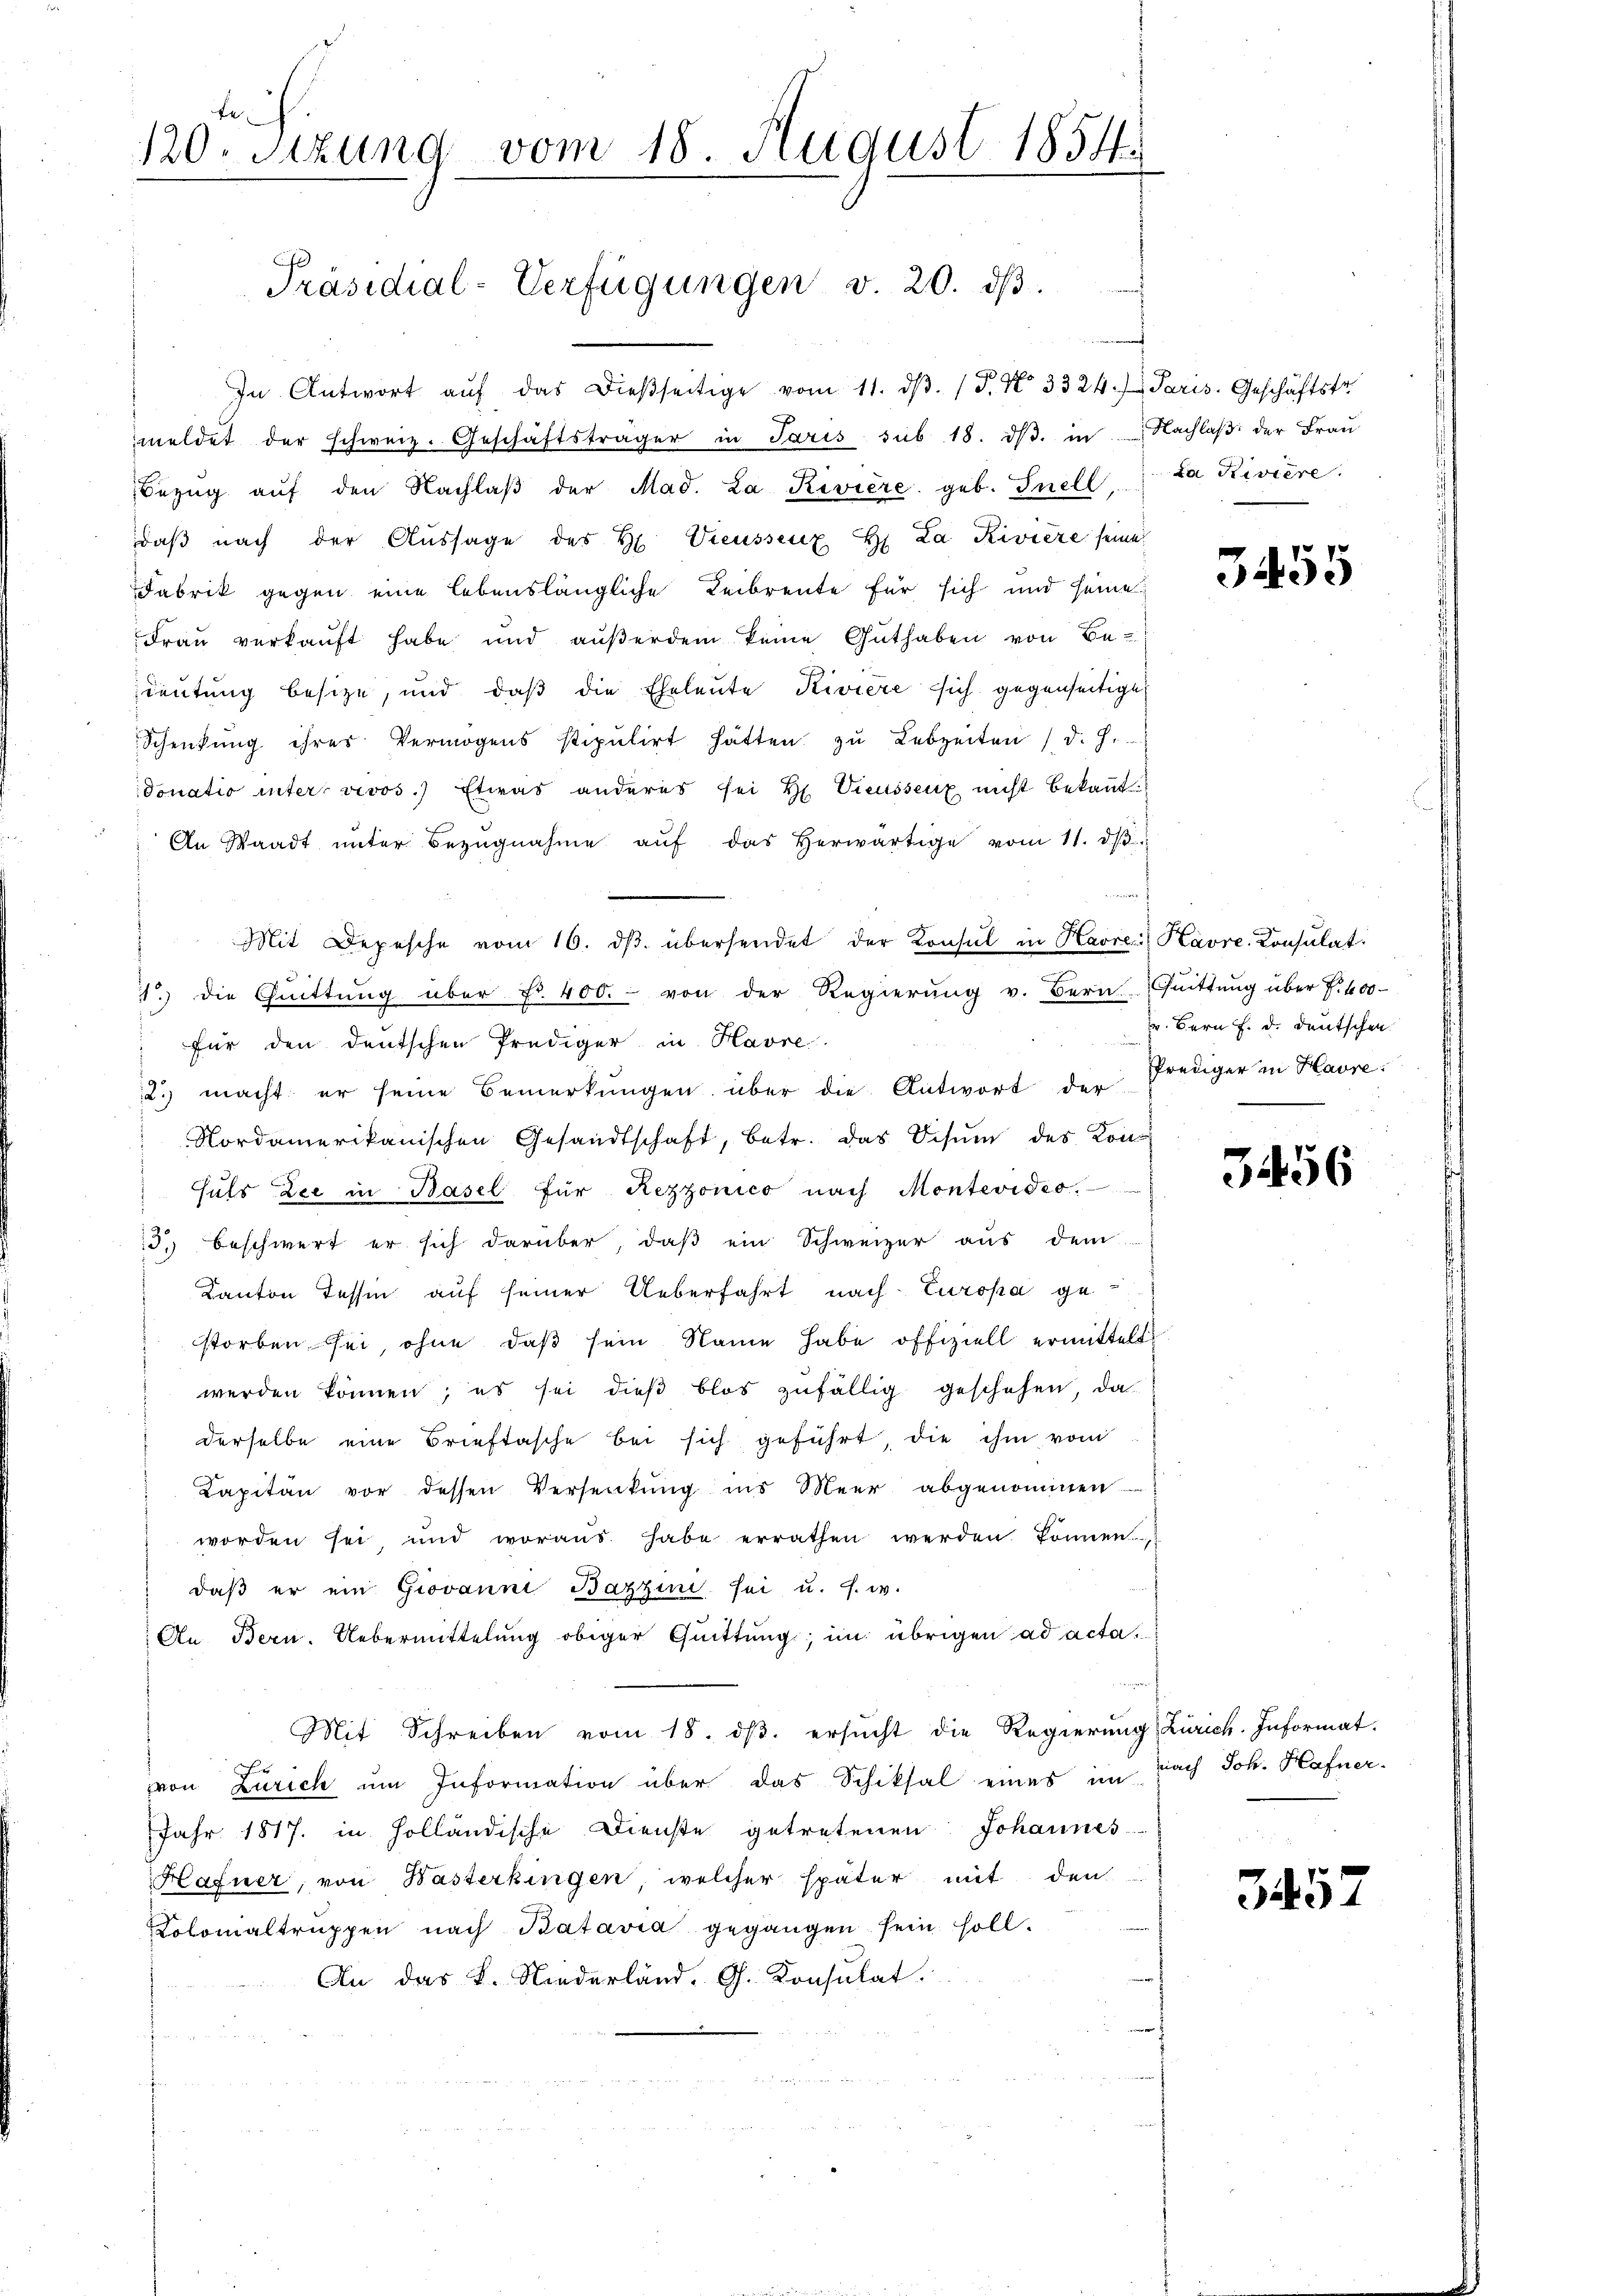
120. Sitzung vom 18. August 1854.
Präsidial-Verfügungen v. 20. dβ.

In Antwort aŭf das dießseitige vom 11. dβ. (T. No 3324. Paris. Geschäftstr
meldet der schweiz. Geschäftsträger in Paris sub 18. dβ in Nachlaβ der Frau
Bezŭg aŭf den Nachlaβ der Mad. La Riviere geb. Inell,
daß nach der Aussage des H. Preussenz H. La Riviere seine
Fabrik gegen eine lebenslängliche Leibrente für sich und seine
Frau verkauft habe und außerdem keine Guthaben von Bedeutung besitze, und daß die Eheleute Riviere sich gegenseitige
Schenkung ihres Vermögens stipulirt hätten zŭ Lebzeiten (d. h.
donatio unter vivos. Etwas anderes sei H. Preussenz nicht bekannt.
An Waadt unter Bezugnahme aŭf das herwärtige vom 11. dβ.
Mit Depesche vom 16. dβ. übersendet der Konsul in Havre Kavre Konsulat
1.) die Cŭittŭng über Fr. 400.- von der Regierŭng v. Bern Quittŭng über f. 400
für den deutschen Prediger in Havre
2. macht er seine Bemerkungen über die Antwort der
Nordamerikanischen Gesandtschaft, betr. das Visum des Kon¬
Hüls Zee in Basel für Rezzonico nach Montevideo.
d. beschwert er sich darüber, daß ein Schweizer aus dem
Kanton Tessin auf seiner Ueberfahrt nach Europa gestorben sei, ohne daß sein Name habe offiziell ermittelt
werden können; es sei dieβ blos zufällig geschehen, da
derselbe eine Brieftasche bei sich geführt, die ihm vom
Kapitan vor dessen Versenkung ins Meer abgenommen
worden sei, und woraus habe errathen werden können,
daβ er ein Giovanni Bazzin sei u. s. w.
An Bern, Uebermittelung obiger Quittung, im übrigen ad acta¬
Mit Schreiben vom 18. dβ. ersŭcht die Regierŭng Zürich. Informat.
r
von Zürich um Information über das Schiksal eines unt
Jahr 1817. in Holländische Dienste getretenen Johannes-
Hafner, von Wasterkingen, welcher später mit den
Colomaltruppen nach Batavia gegangen sein soll.
An das K. Niederland. G. Konsulat

La Riviere.

3455

v. Bern F. d. deutschen.
Prediger in Havre.

3456

nach Joh. Hafner.

3452